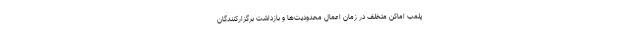
پلمب اماکن متخلف در زمان اعمال محدودیت‌ها و بازداشت برگزارکنندگان